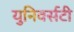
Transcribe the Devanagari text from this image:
युनिवर्सटी